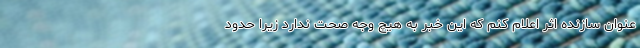
عنوان سازنده اثر اعلام کنم که این خبر به هیچ وجه صحت ندارد زیرا حدود